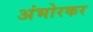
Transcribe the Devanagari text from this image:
अंभोरकर